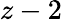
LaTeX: z-2